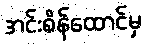
အင်းစိန်ထောင်မှ